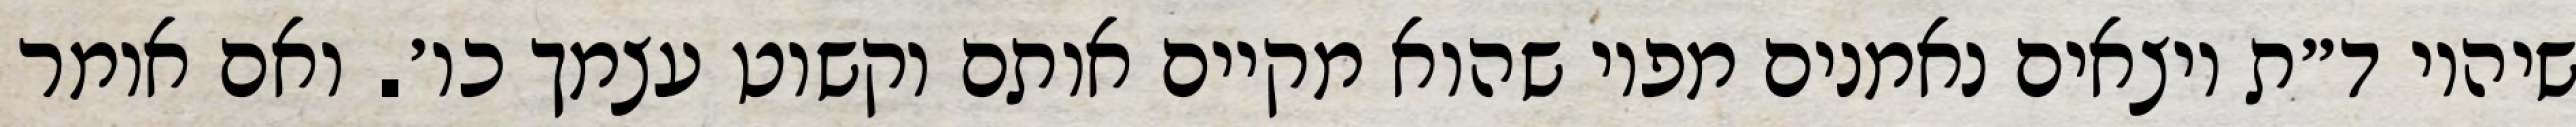
שיהיו ד״ת יוצאים נאמנים מפיו שהוא מקיים אותם וקשוט עצמך כו׳. ואם אומר